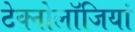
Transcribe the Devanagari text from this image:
टेक्नोलॉजियां